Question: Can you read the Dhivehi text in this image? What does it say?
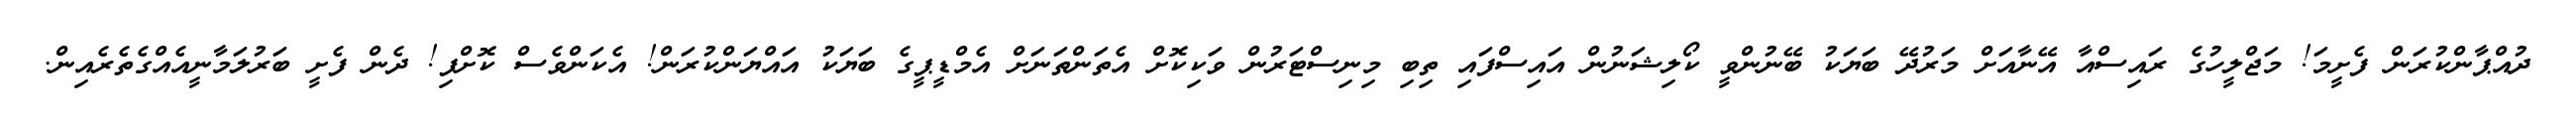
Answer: ދުއްޕާންކުރަން ފެށީމަ! މަޖްލީހުގެ ރައިސްއާ އޭނާއަށް މަރުދޭ ބަޔަކު ބޭނުންވީ ކޯލިޝަނުން އައިސްފައި ތިބި މިނިސްޓަރުން ވަކިކޮށް އެތަންތަނަށް އެމްޑީޕީގެ ބަޔަކު އައްޔަންކުރަން! އެކަންވެސް ކޮށްފި! ދެން ފެށީ ބަރުލަމާނީއެއްގެތެރެއިން.